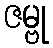
ဇမ္ဗု